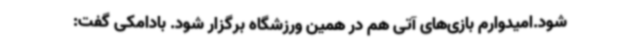
شود.امیدوارم بازی‌های آتی هم در همین ورزشگاه برگزار شود. بادامکی گفت: